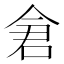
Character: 𫝉